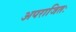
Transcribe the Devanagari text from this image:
अपराजितः